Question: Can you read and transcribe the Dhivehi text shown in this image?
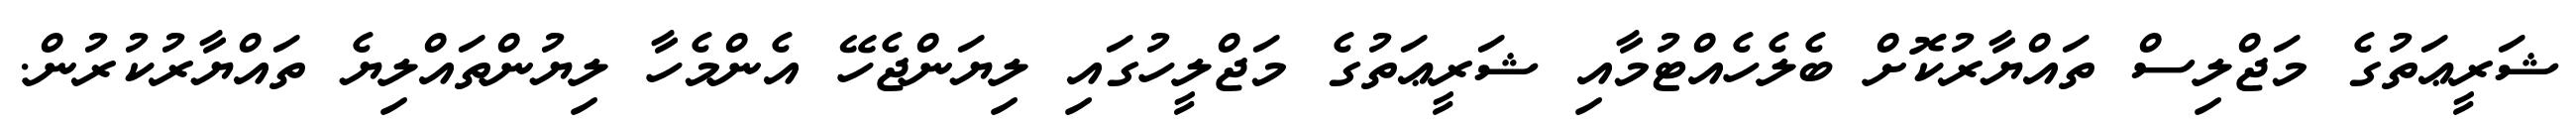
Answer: ޝަރީޢަތުގެ މަޖްލިސް ތައްޔާރުކޮށް ބެލެހެއްޓުމާއި ޝަރީޢަތުގެ މަޖްލީހުގައި ލިޔަންޖެހޭ އެންމެހާ ލިޔުންތައްލިޔެ ތައްޔާރުކުރުން.